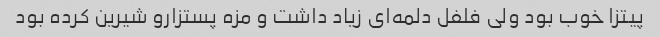
پیتزا خوب بود ولی فلفل دلمه‌ای زیاد داشت و مزه پستزارو شیرین کرده بود